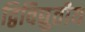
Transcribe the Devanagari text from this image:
द्विविद्युतीय